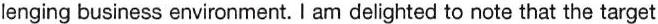
lenging business environment. I am delighted to note that the target